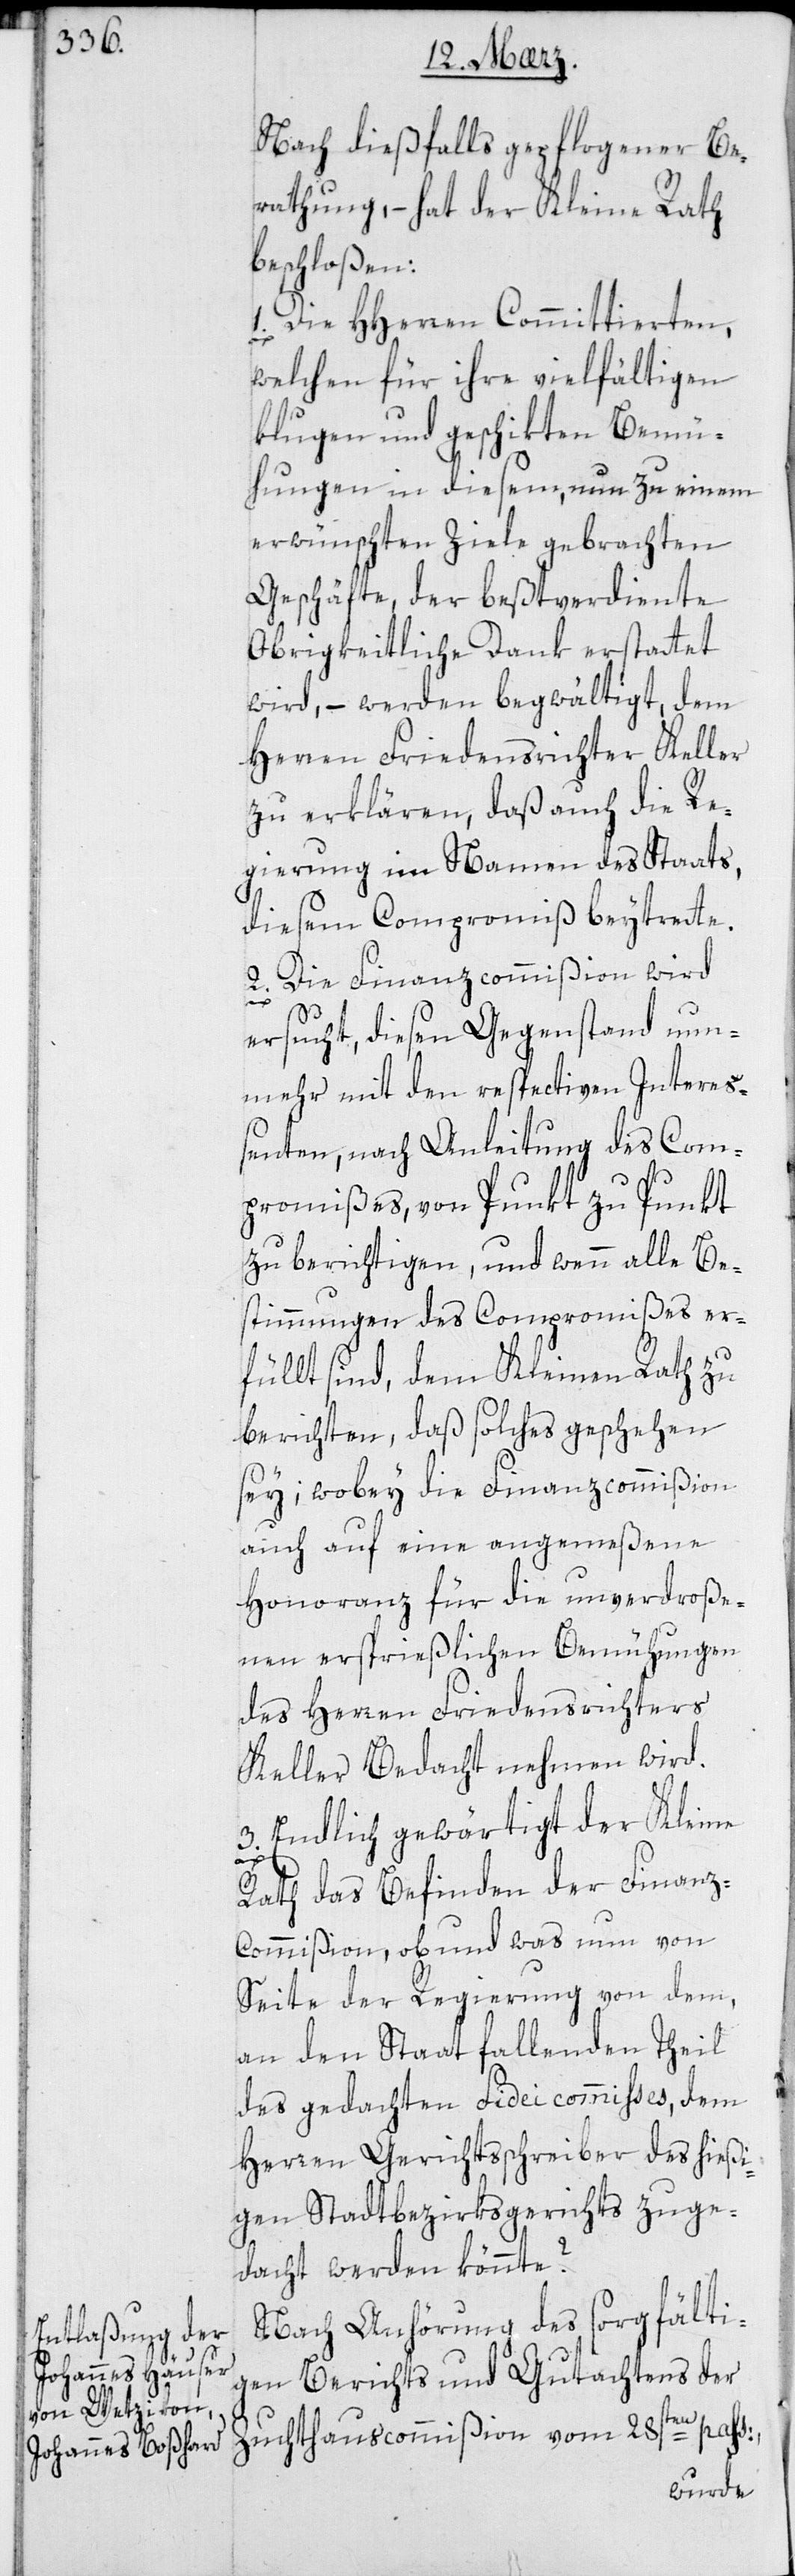
Nach diesfalls gepflogener Be¬
rathung, – hat der Kleine Rath
beschloßen:
1. Die Herren Committierten,
welchen für ihre vielfältigen
klugen und geschikten Bemü¬
hungen in diesem, nun zu einem
erwünschten Ziele gebrachten
Geschäfte, der beßtverdiente
Obrigkeitliche Dank erstattet
wird, – werden begwältigt, dem
Herren Friedensrichter Keller
zu erklären, daß auch die Re¬
gierung im Namen des Staats,
diesem Compromiß beytrete.
2. Die Finanzcommißion wird
ersucht, diesen Gegenstand nun¬
mehr mit den respectiven Intereß¬
enten, nach Anleitung des Com¬
promißes, von Punkt zu Punkt
zu berichtigen, und wenn alle Be¬
stimmungen des Compromißes er¬
füllt sind, dem Kleinen Rath zu
berichten, daß solches geschehen
sey, wobei die Finanzcommißion
auch auf eine angemeßene
Honoranz für die unverdroße¬
nen ersprießlichen Bemühungen
des Herren Friedensrichters
Keller Bedacht nehmen wird.
3. Endlich gewärtigt der Kleine
Rath das Befinden der Finan¬
z-Commißion, ob und was nun von
Seite der Regierung von dem,
an den Staat fallenden Theil
des gedachten Fideicommißes, dem
Herren Gerichtsschreiber des hießi¬
gen Stadtbezirksgerichts zuge¬
dacht werden könnte?
Nach Anhörung des sorgfälti¬
gen Berichts und Gutachtens der
Zuchthauscommißion vom 28sten pass:,